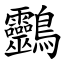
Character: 䴒